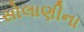
સોલાણીના